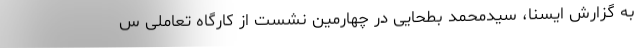
به گزارش ایسنا، سیدمحمد بطحایی در چهارمین نشست از کارگاه تعاملی س